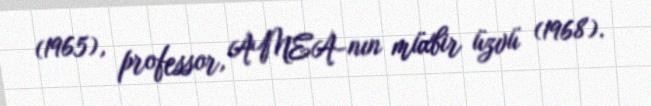
(1965), professor, AMEA-nın müxbir üzvü (1968).